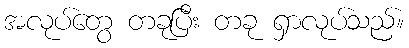
အလုပ်တွေ တခုပြီး တခု ရှာလုပ်သည်။